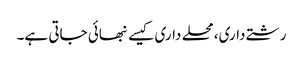
رشتے داری، محلے داری کیسے نبھائی جاتی ہے۔